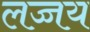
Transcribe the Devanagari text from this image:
लज्जय